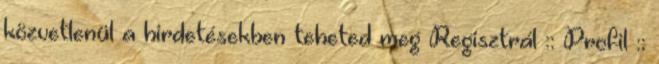
közvetlenül a hirdetésekben teheted meg Regisztrál :: Profil ::